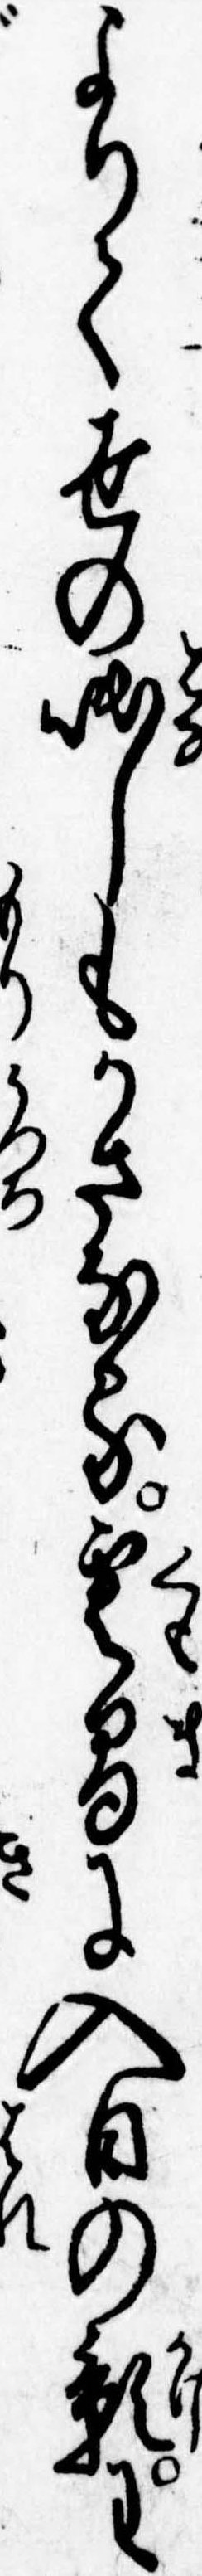
よりて世の咄しもかさなる雲間に入日の影わ